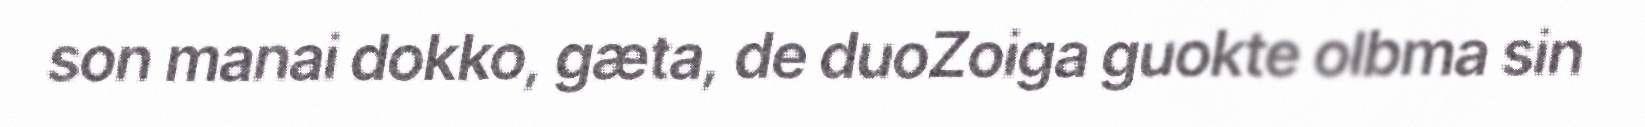
son manai dokko, gæta, de duoZoiga guokte olbma sin